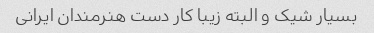
بسیار شیک و البته زیبا کار دست هنرمندان ایرانی